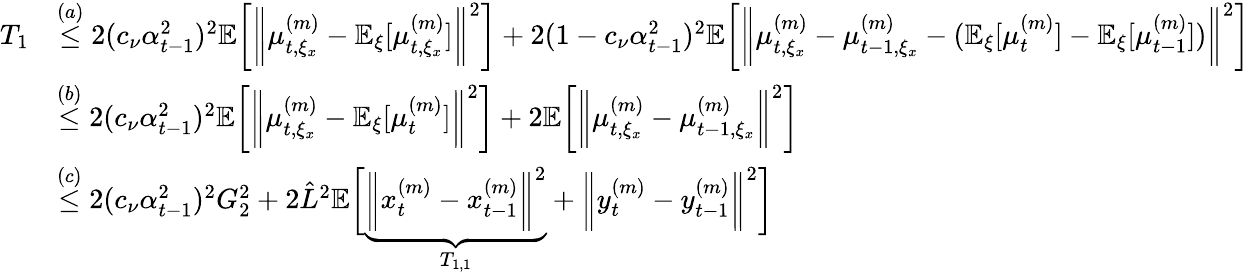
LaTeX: \begin{array}{rl}{T_{1}}&{\overset{(a)}{\leq}2(c_{\nu}\alpha_{t-1}^{2})^{2}\mathbb{E}\bigg[\bigg\| \mu_{t,\xi_{x}}^{(m)}-\mathbb{E}_{\xi}[\mu_{t,\xi_{x}}^{(m)}]\bigg\| ^{2}\bigg]+2(1-c_{\nu}\alpha_{t-1}^{2})^{2}\mathbb{E}\bigg[\bigg\| \mu_{t,\xi_{x}}^{(m)}-\mu_{t-1,\xi_{x}}^{(m)}-(\mathbb{E}_{\xi}[\mu_{t}^{(m)}]-\mathbb{E}_{\xi}[\mu_{t-1}^{(m)}])\bigg\| ^{2}\bigg]}\\ &{\overset{(b)}{\leq}2(c_{\nu}\alpha_{t-1}^{2})^{2}\mathbb{E}\bigg[\bigg\| \mu_{t,\xi_{x}}^{(m)}-\mathbb{E}_{\xi}[\mu_{t}^{(m)}]\bigg\| ^{2}\bigg]+2\mathbb{E}\bigg[\bigg\| \mu_{t,\xi_{x}}^{(m)}-\mu_{t-1,\xi_{x}}^{(m)}\bigg\| ^{2}\bigg]}\\ &{\overset{(c)}{\leq}2(c_{\nu}\alpha_{t-1}^{2})^{2}G_{2}^{2}+2\hat{L}^{2}\mathbb{E}\bigg[\underbrace{\bigg\| x_{t}^{(m)}-x_{t-1}^{(m)}\bigg\| ^{2}}_{T_{1,1}}+\bigg\| y_{t}^{(m)}-y_{t-1}^{(m)}\bigg\| ^{2}\bigg]}\end{array}